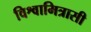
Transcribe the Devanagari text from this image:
विश्वामित्रासी